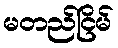
မတည်ငြိမ်